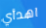
اهدأي